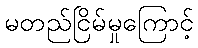
မတည်ငြိမ်မှုကြောင့်